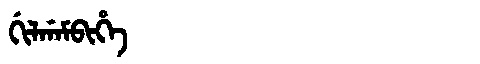
Manchu: ᡤᡳᠯᡤᠠᠮᠪᡳᡥᡝ
Romanization: GILGAMBIHE